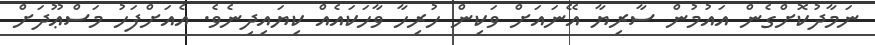
ނަމާދުކޮށްގެން އައުމުން ސާރިޔާ އޭނައަށް ވަކިން ހުރިހާ ވާހަކައެއް ކިޔައިދިނެވެ. އެއަށްފަހު މަސްޢޫދަށް